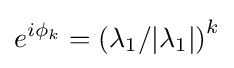
e^{i\phi _{k}}=\left(\lambda _{1}/|\lambda _{1}|\right)^{k}